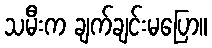
သမီးက ချက်ချင်းမပြော။